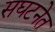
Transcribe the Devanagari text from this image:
सघटनेत